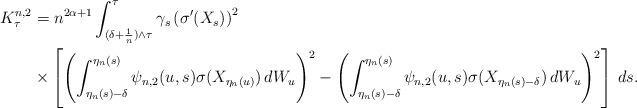
LaTeX: \begin{align*} K^{n,2}_\tau &=n^{2\alpha+1} \int^{\tau}_{(\delta+\frac 1n) \wedge \tau } \gamma_s \left(\sigma'(X_s)\right)^2 \\ & \times \left[ \left( \int_{\eta_n(s)-\delta}^{\eta_n(s)}\psi_{n,2}(u,s) \sigma(X_{\eta_n(u)})\, dW_u\right)^2 - \left( \int_{\eta_n(s)-\delta}^{\eta_n(s)}\psi_{n,2}(u,s) \sigma(X_{\eta_n(s)-\delta})\, dW_u\right)^2 \right] \, ds. \end{align*}